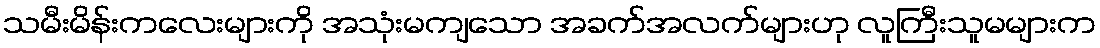
သမီးမိန်းကလေးများကို အသုံးမကျသော အခက်အလက်များဟု လူကြီးသူမများက